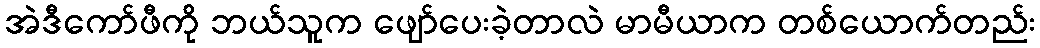
အဲဒီကော်ဖီကို ဘယ်သူက ဖျော်ပေးခဲ့တာလဲ မာမီယာက တစ်ယောက်တည်း